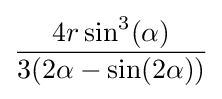
{\frac {4r\sin ^{3}(\alpha )}{3(2\alpha -\sin(2\alpha ))}}